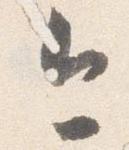
今